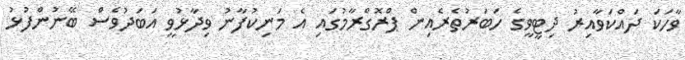
ވާހަކަ ދައްކަވާއިރު ދިޓީވީގެ ހަބަރުތެރެއިން ޕްރޮގްރާމުގައި އެ މަނިކުފާނު ވިދާޅުވީ އަބަދުވެސް ބޭނުންފުޅު